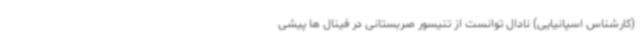
(کارشناس اسپانیایی) نادال توانست از تنیسور صربستانی در فینال ها پیشی